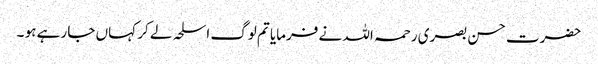
حضرت حسن بصری رحمہ اللہ نے فرمایا تم لوگ اسلحہ لے کر کہاں جا رہے ہو ۔